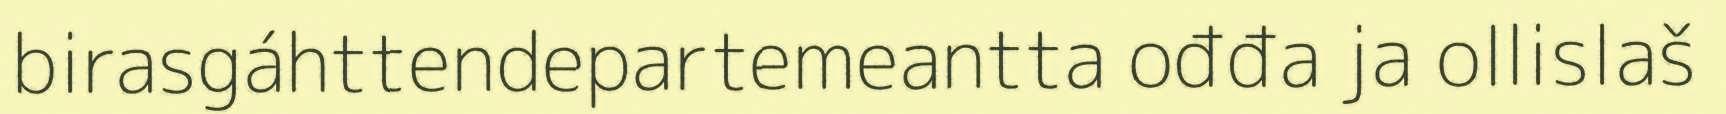
birasgáhttendepartemeantta ođđa ja ollislaš